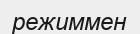
режиммен